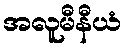
အလူမီနီယံ